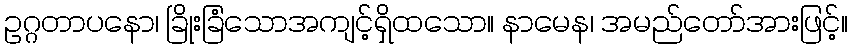
ဥဂ္ဂတာပနော၊ ခြိုးခြံသောအကျင့်ရှိထသော။ နာမေန၊ အမည်တော်အားဖြင့်။